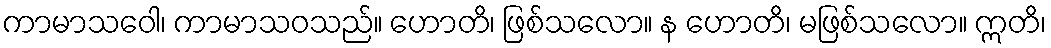
ကာမာသဝေါ၊ ကာမာသဝသည်။ ဟောတိ၊ ဖြစ်သလော။ န ဟောတိ၊ မဖြစ်သလော။ ဣတိ၊